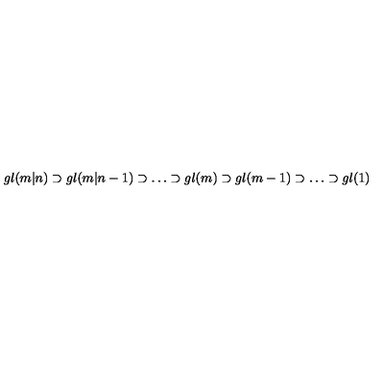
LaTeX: g l ( m | n ) \supset g l ( m | n - 1 ) \supset \dots \supset g l ( m ) \supset g l ( m - 1 ) \supset \dots \supset g l ( 1 )